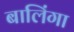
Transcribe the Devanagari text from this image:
बालिंगा